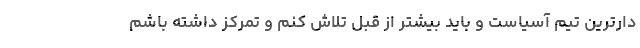
دارترین تیم آسیاست و باید بیشتر از قبل تلاش کنم و تمرکز داشته باشم